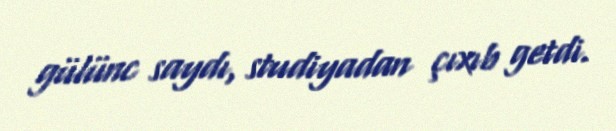
gülünc saydı, studiyadan çıxıb getdi.